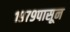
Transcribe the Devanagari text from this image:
१९७९पासून